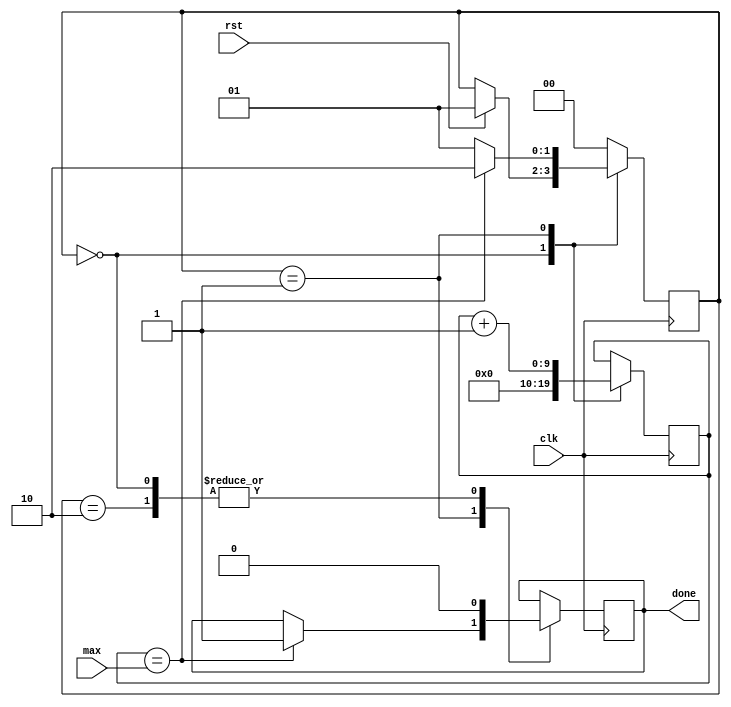
module delay(clk, rst, max, done);

    parameter COUNTER_WIDTH = 10;
    parameter STATE_WIDTH = 2;
    // parameter RUNNING = {STATE_WIDTH{1'b01}};
    // parameter DONE = {STATE_WIDTH{1'b10}};
    // parameter IDLE = {STATE_WIDTH{1'b00}};
    parameter RUNNING = 2'b01;
    parameter DONE = 2'b10;
    parameter IDLE = 1'b00;

    input  [COUNTER_WIDTH - 1:0] max;
    input                        clk;
    input                        rst;
    output reg                   done;

    reg [COUNTER_WIDTH - 1:0] counter;
    reg [STATE_WIDTH   - 1:0]  state;

    initial state <= IDLE;
    initial done <= 1'b0;
    initial counter <= {COUNTER_WIDTH{1'b0}};

    always @(posedge clk) begin
        

            case(state)

            IDLE: begin //00
                done <= 1'b0;
                counter <= {COUNTER_WIDTH{1'b0}};
                if (rst) state <= RUNNING;
            end

            RUNNING: begin //01
                counter <= counter + 1;
                if (counter == max) done <= 1'b1;
                state <= (counter == max) ? DONE : RUNNING;
            end

            DONE: begin //10
                done <= 1'b0;
                state <= IDLE;
                
            end
            default: state <= IDLE;
            endcase

    
    end


endmodule